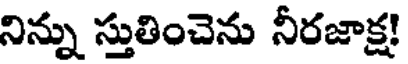
నిన్ను స్తుతించెను నీరజాక్ష!